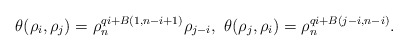
\begin{align*}\theta(\rho_{i}, \rho_{j})= \rho_n^{qi+B(1,n-i+1)} \rho_{{j-i}}, ~\theta(\rho_{j}, \rho_{i})=\rho_n^{qi+B(j-i,n-i)}.\end{align*}